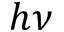
h \nu